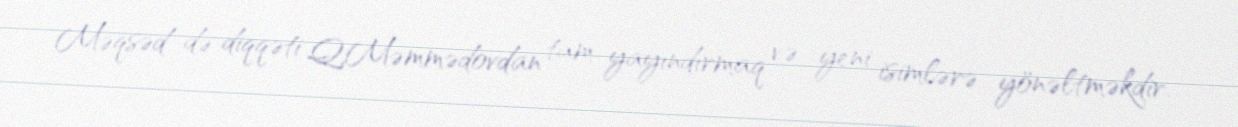
Məqsəd də diqqəti Q.Məmmədovdan tam yayındırmaq və yeni isimlərə yönəltməkdir.